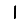
Digit: 1